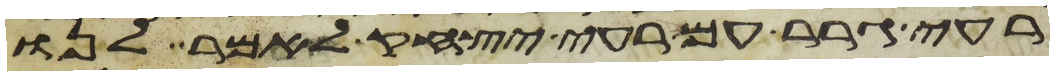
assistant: רעי גרר עם רעי יצחק לאמר לנו